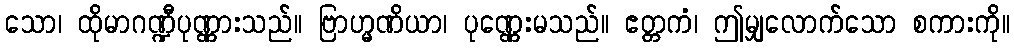
သော၊ ထိုမာဂဏ္ဍီပုဏ္ဏားသည်။ ဗြာဟ္မဏိယာ၊ ပုဏ္ဏေးမသည်။ ဧတ္တကံ၊ ဤမျှလောက်သော စကားကို။